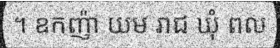
។ ឧកញ៉ា យម រាជ ឃុំ ពល